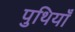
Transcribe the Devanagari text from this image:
पुथियाँ